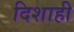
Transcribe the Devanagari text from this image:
दिशाही